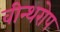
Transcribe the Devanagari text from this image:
वीन्थरोप